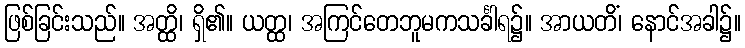
ဖြစ်ခြင်းသည်။ အတ္ထိ၊ ရှိ၏။ ယတ္ထ၊ အကြင်တေဘူမကသင်္ခါရ၌။ အာယတိံ၊ နောင်အခါ၌။